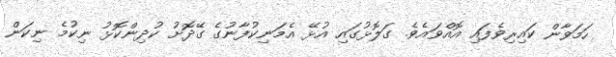
ހަމަވާން ކައިރިވެފައި އޮއްވައެވެ. ގަލޮޅުގައި އުޅޭ އެމަނިކުފާނުގެ ގޭދޮށު ކުދިންކޮޅު ނިކުމެ ނިކަން